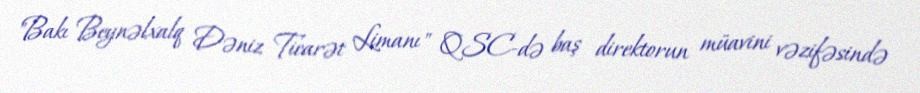
"Bakı Beynəlxalq Dəniz Ticarət Limanı" QSC-də baş direktorun müavini vəzifəsində